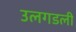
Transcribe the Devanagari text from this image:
उलगडली